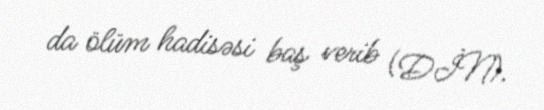
da ölüm hadisəsi baş verib (DİN).